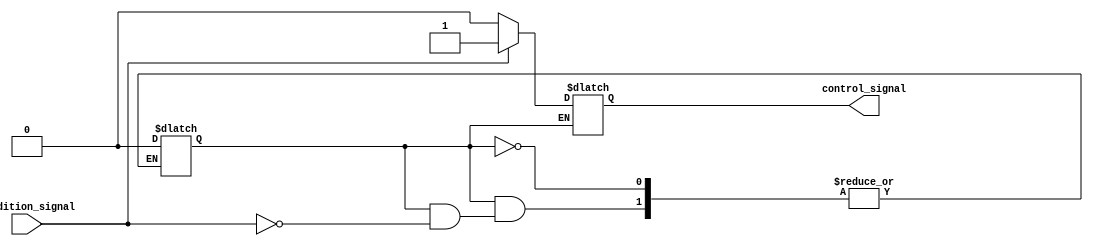
module wait_condition_block (
    input wire condition_signal,  // Condition signal to be monitored
    output reg control_signal      // Control signal indicating when the condition is met
);

// Internal state to manage the waiting process
reg waiting;

// Initial block to set up the initial state
initial begin
    control_signal = 0; // Initialize control signal to low
    waiting = 1;        // Start in the waiting state
end

// Always block to monitor the condition signal
always @* begin
    if (waiting) begin
        // Check the condition signal
        if (condition_signal) begin
            control_signal = 1; // Condition met, set control signal high
            waiting = 0;        // Exit the waiting state
        end else begin
            control_signal = 0; // Condition not met, keep control signal low
        end
    end
end

endmodule